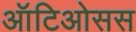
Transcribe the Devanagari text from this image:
ऑटिओसस